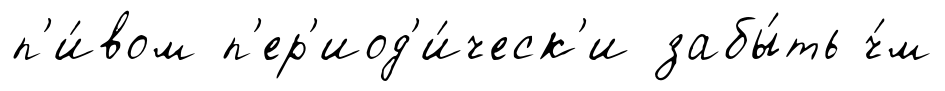
п'и́вом п'ер'иод'и́ческ'и забы́ть ч́м